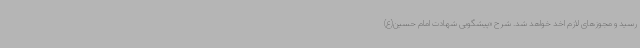
رسید و مجوزهای لازم اخد خواهد شد. شرح «پیشگویی شهادت امام حسین(ع)